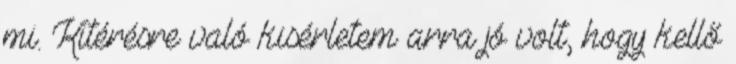
mi. Kitérésre való kisérletem arra jó volt, hogy kellő